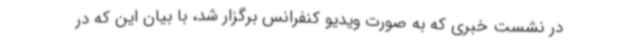
در نشست خبری که به صورت ویدیو کنفرانس برگزار شد، با بیان این که در